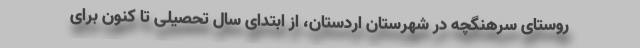
روستای سرهنگچه در شهرستان اردستان، از ابتدای سال تحصیلی تا کنون برای